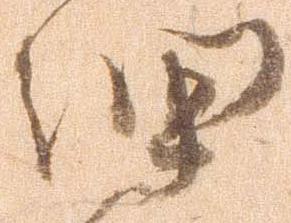
細